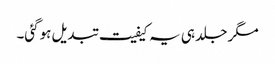
مگر جلد ہی یہ کیفیت تبدیل ہوگئی۔